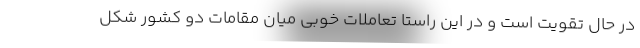
در حال تقویت است و در این راستا تعاملات خوبی میان مقامات دو کشور شکل